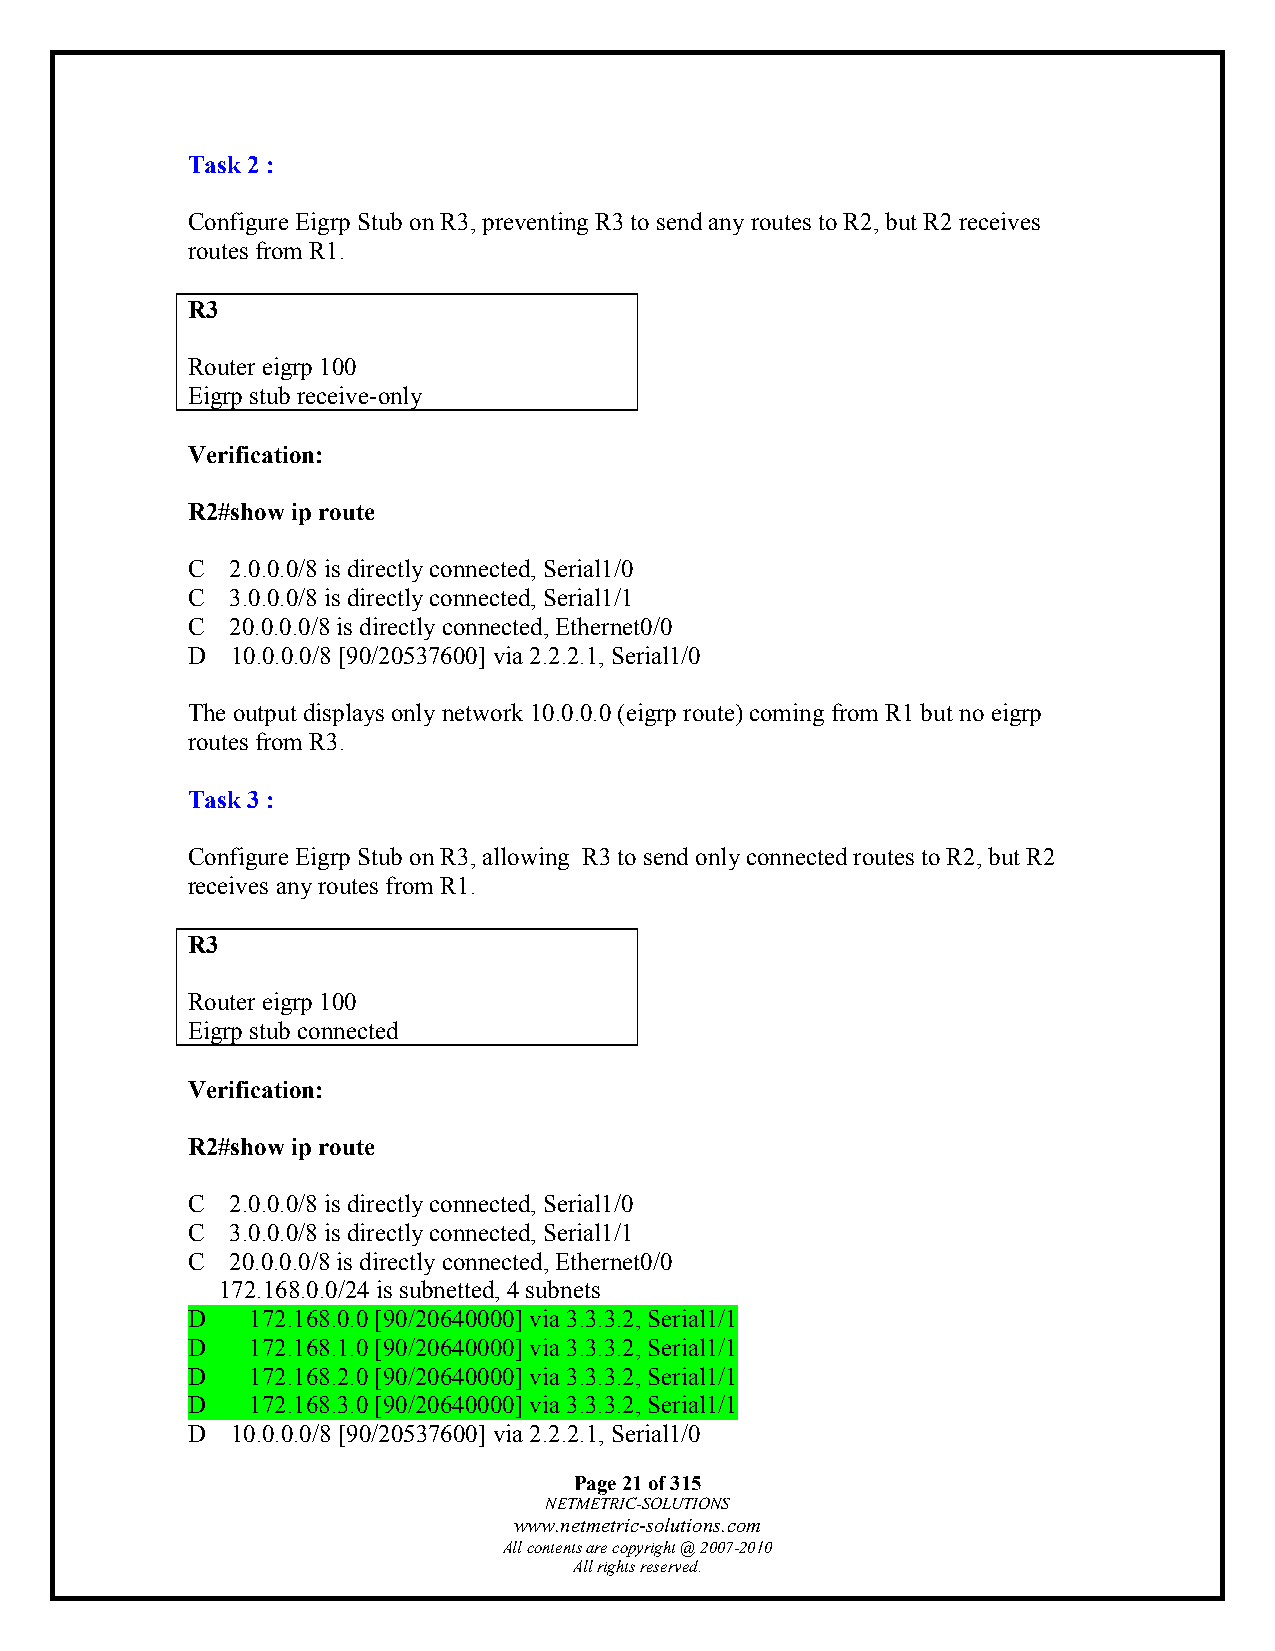
Task 2 :
 Configure Eigrp Stub on R3, preventing R3 to send any routes to R2, but R2 receives
 routes from R1.
 R3
 Router eigrp 100
 Eigrp stub receive-only
 Verification:
 R2#show ip route
 C  2.0.0.0/8 is directly connected, Serial1/0
 C  3.0.0.0/8 is directly connected, Serial1/1
 C  20.0.0.0/8 is directly connected, Ethernet0/0
 D  10.0.0.0/8 [90/20537600] via 2.2.2.1, Serial1/0
 The output displays only network 10.0.0.0 (eigrp route) coming from R1 but no eigrp
 routes from R3.
 Task 3 :
 Configure Eigrp Stub on R3, allowing R3 to send only connected routes to R2, but R2
 receives any routes from R1.
 R3
 Router eigrp 100
 Eigrp stub connected
 Verification:
 R2#show ip route
 C  2.0.0.0/8 is directly connected, Serial1/0
 C  3.0.0.0/8 is directly connected, Serial1/1
 C  20.0.0.0/8 is directly connected, Ethernet0/0
 172.168.0.0/24 is subnetted, 4 subnets
 D    172.168.0.0 [90/20640000] via 3.3.3.2, Serial1/1
 D    172.168.1.0 [90/20640000] via 3.3.3.2, Serial1/1
 D    172.168.2.0 [90/20640000] via 3.3.3.2, Serial1/1
 D    172.168.3.0 [90/20640000] via 3.3.3.2, Serial1/1
 D  10.0.0.0/8 [90/20537600] via 2.2.2.1, Serial1/0
 Page 21 of 315
 NETMETRIC-SOLUTIONS
 www.netmetric-solutions.com
 All contents are copyright @ 2007-2010
 All rights reserved.